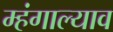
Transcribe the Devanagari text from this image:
म्हंगाल्याव